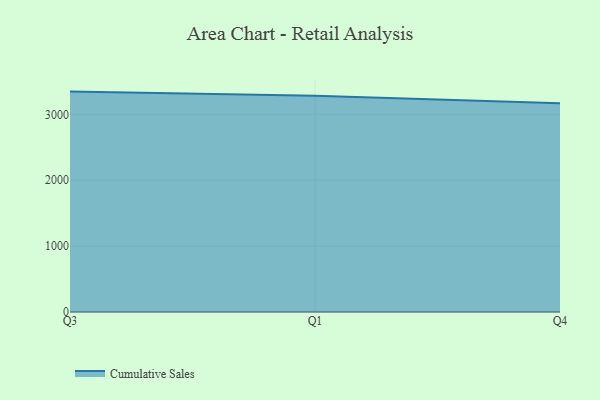
{"axis": {"x": "Quarter", "y": "Gross Profit (USD K)"}, "legend": ["Cumulative Sales"], "data": [{"x": "Q3", "y": 3345.4, "type": "Cumulative Sales"}, {"x": "Q1", "y": 3282.1, "type": "Cumulative Sales"}, {"x": "Q4", "y": 3167.4, "type": "Cumulative Sales"}]}